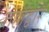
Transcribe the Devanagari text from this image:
तहांद्वारे